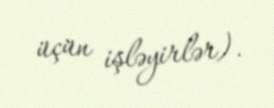
üçün işləyirlər).